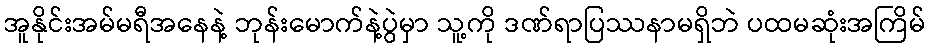
အူနိုင်းအမ်မရီအနေနဲ့ ဘုန်းမောက်နဲ့ပွဲမှာ သူ့ကို ဒဏ်ရာပြဿနာမရှိဘဲ ပထမဆုံးအကြိမ်